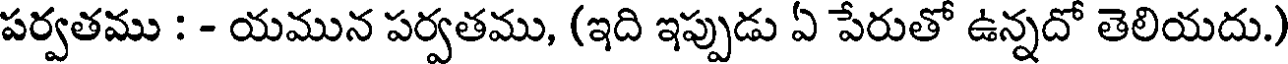
పర్వతము : - యమున పర్వతము, (ఇది ఇప్పుడు ఏ పేరుతో ఉన్నదో తెలియదు.)